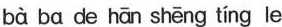
bà ba de hān shēng tíng le